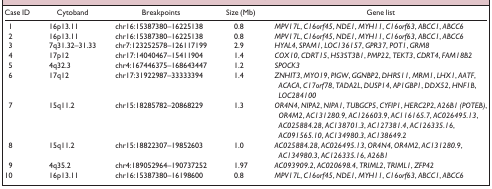
<table><thead><tr><td><b>Case ID</b></td><td><b>Cytoband</b></td><td><b>Breakpoints</b></td><td><b>Size (Mb)</b></td><td><b>Gene list</b></td></tr></thead><tbody><tr><td>1</td><td>16p13.11</td><td>chr16:15387380–16225138</td><td>0.8</td><td><i>MPV17L</i>, <i>C16orf45</i>, <i>NDE1</i>, <i>MYH11</i>, <i>C16orf63</i>, <i>ABCC1</i>, <i>ABCC6</i></td></tr><tr><td>2</td><td>16p13.11</td><td>chr16:15387380–16225138</td><td>0.8</td><td><i>MPV17L</i>, <i>C16orf45</i>, <i>NDE1</i>, <i>MYH11</i>, <i>C16orf63</i>, <i>ABCC1</i>, <i>ABCC6</i></td></tr><tr><td>3</td><td>7q31.32–31.33</td><td>chr7:123252578–126117199</td><td>2.9</td><td><i>HYAL4</i>, <i>SPAM1</i>, <i>LOC136157</i>, <i>GPR37</i>, <i>POT1</i>, <i>GRM8</i></td></tr><tr><td>4</td><td>17p12</td><td>chr17:14040467–15411904</td><td>1.4</td><td><i>COX10</i>, <i>CDRT15</i>, <i>HS3ST3B1</i>, <i>PMP22</i>, <i>TEKT3</i>, <i>CDRT4</i>, <i>FAM18B2</i></td></tr><tr><td>5</td><td>4q32.3</td><td>chr4:167446375–168643447</td><td>1.2</td><td><i>SPOCK3</i></td></tr><tr><td>6</td><td>17q12</td><td>chr17:31922987–33333394</td><td>1.4</td><td><i>ZNHIT3</i>, <i>MYO19</i>, <i>PIGW</i>, <i>GGNBP2</i>, <i>DHRS11</i>, <i>MRM1</i>, <i>LHX1</i>, <i>AATF</i>, <i>ACACA</i>, <i>C17orf78</i>, <i>TADA2L</i>, <i>DUSP14</i>, <i>AP1GBP1</i>, <i>DDX52</i>, <i>HNF1B</i>, <i>LOC284100</i></td></tr><tr><td>7</td><td>15q11.2</td><td>chr15:18285782–20868229</td><td>1.3</td><td><i>OR4N4</i>, <i>NIPA2</i>, <i>NIPA1</i>, <i>TUBGCP5</i>, <i>CYFIP1</i>, <i>HERC2P2</i>, <i>A26B1 (POTEB)</i>, <i>OR4M2</i>, <i>AC131280.9</i>, <i>AC126603.9</i>, <i>AC116165.7</i>, <i>AC026495.13</i>, <i>AC025884.28</i>, <i>AC138701.3</i>, <i>AC127381.4</i>, <i>AC126335.16</i>, <i>AC091565.10</i>, <i>AC134980.3</i>, <i>AC138649.2</i></td></tr><tr><td>8</td><td>15q11.2</td><td>chr15:18822307–19852603</td><td>1.0</td><td><i>AC025884.28</i>, <i>AC026495.13</i>, <i>OR4N4</i>, <i>OR4M2</i>, <i>AC131280.9</i>, <i>AC134980.3</i>, <i>AC126335.16</i>, <i>A26B1</i></td></tr><tr><td>9</td><td>4q35.2</td><td>chr4:189052964–190737252</td><td>1.97</td><td><i>AC093909.2</i>, <i>AC020698.4</i>, <i>TRIML2</i>, <i>TRIML1</i>, <i>ZFP42</i></td></tr><tr><td>10</td><td>16p13.11</td><td>chr16:15387380–16198600</td><td>0.8</td><td><i>MPV17L</i>, <i>C16orf45</i>, <i>NDE1</i>, <i>MYH11</i>, <i>C16orf63</i>, <i>ABCC1</i>, <i>ABCC6</i></td></tr></tbody></table>